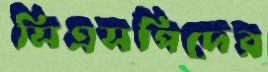
সিএসপিদের